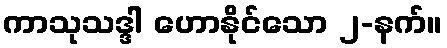
ကာသုသဒ္ဒါ ဟောနိုင်သော ၂-နက်။